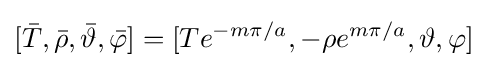
[{\bar {T}},{\bar {\rho }},{\bar {\vartheta }},{\bar {\varphi }}]=[Te^{-m\pi /a},-\rho e^{m\pi /a},\vartheta ,\varphi ]